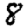
Digit: 8